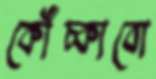
কোঁচ্‌কাবো